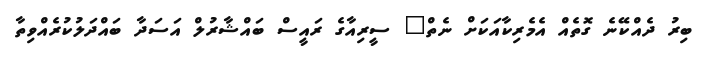
ބިރު ދެއްކޭނެ ގޮތެއް އެމެރިކާއަކަށް ނެތް" ސީރިއާގެ ރައީސް ބައްޝާރުލް އަސަދާ ބައްދަލުކުރެއްވިތާ